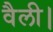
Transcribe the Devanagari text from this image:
वैली।